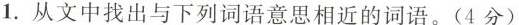
1.从文中找出与下列词语意思相近的词语。(4分)